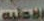
الأعلية